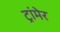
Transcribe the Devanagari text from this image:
ट्रांमेर